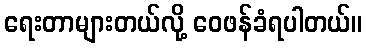
ရေးတာများတယ်လို့ ဝေဖန်ခံရပါတယ်။